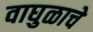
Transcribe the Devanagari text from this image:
वाघुळाचे